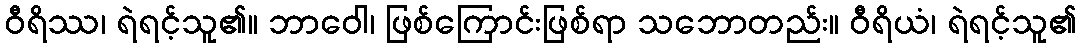
ဝီရိဿ၊ ရဲရင့်သူ၏။ ဘာဝေါ၊ ဖြစ်ကြောင်းဖြစ်ရာ သဘောတည်း။ ဝီရိယံ၊ ရဲရင့်သူ၏